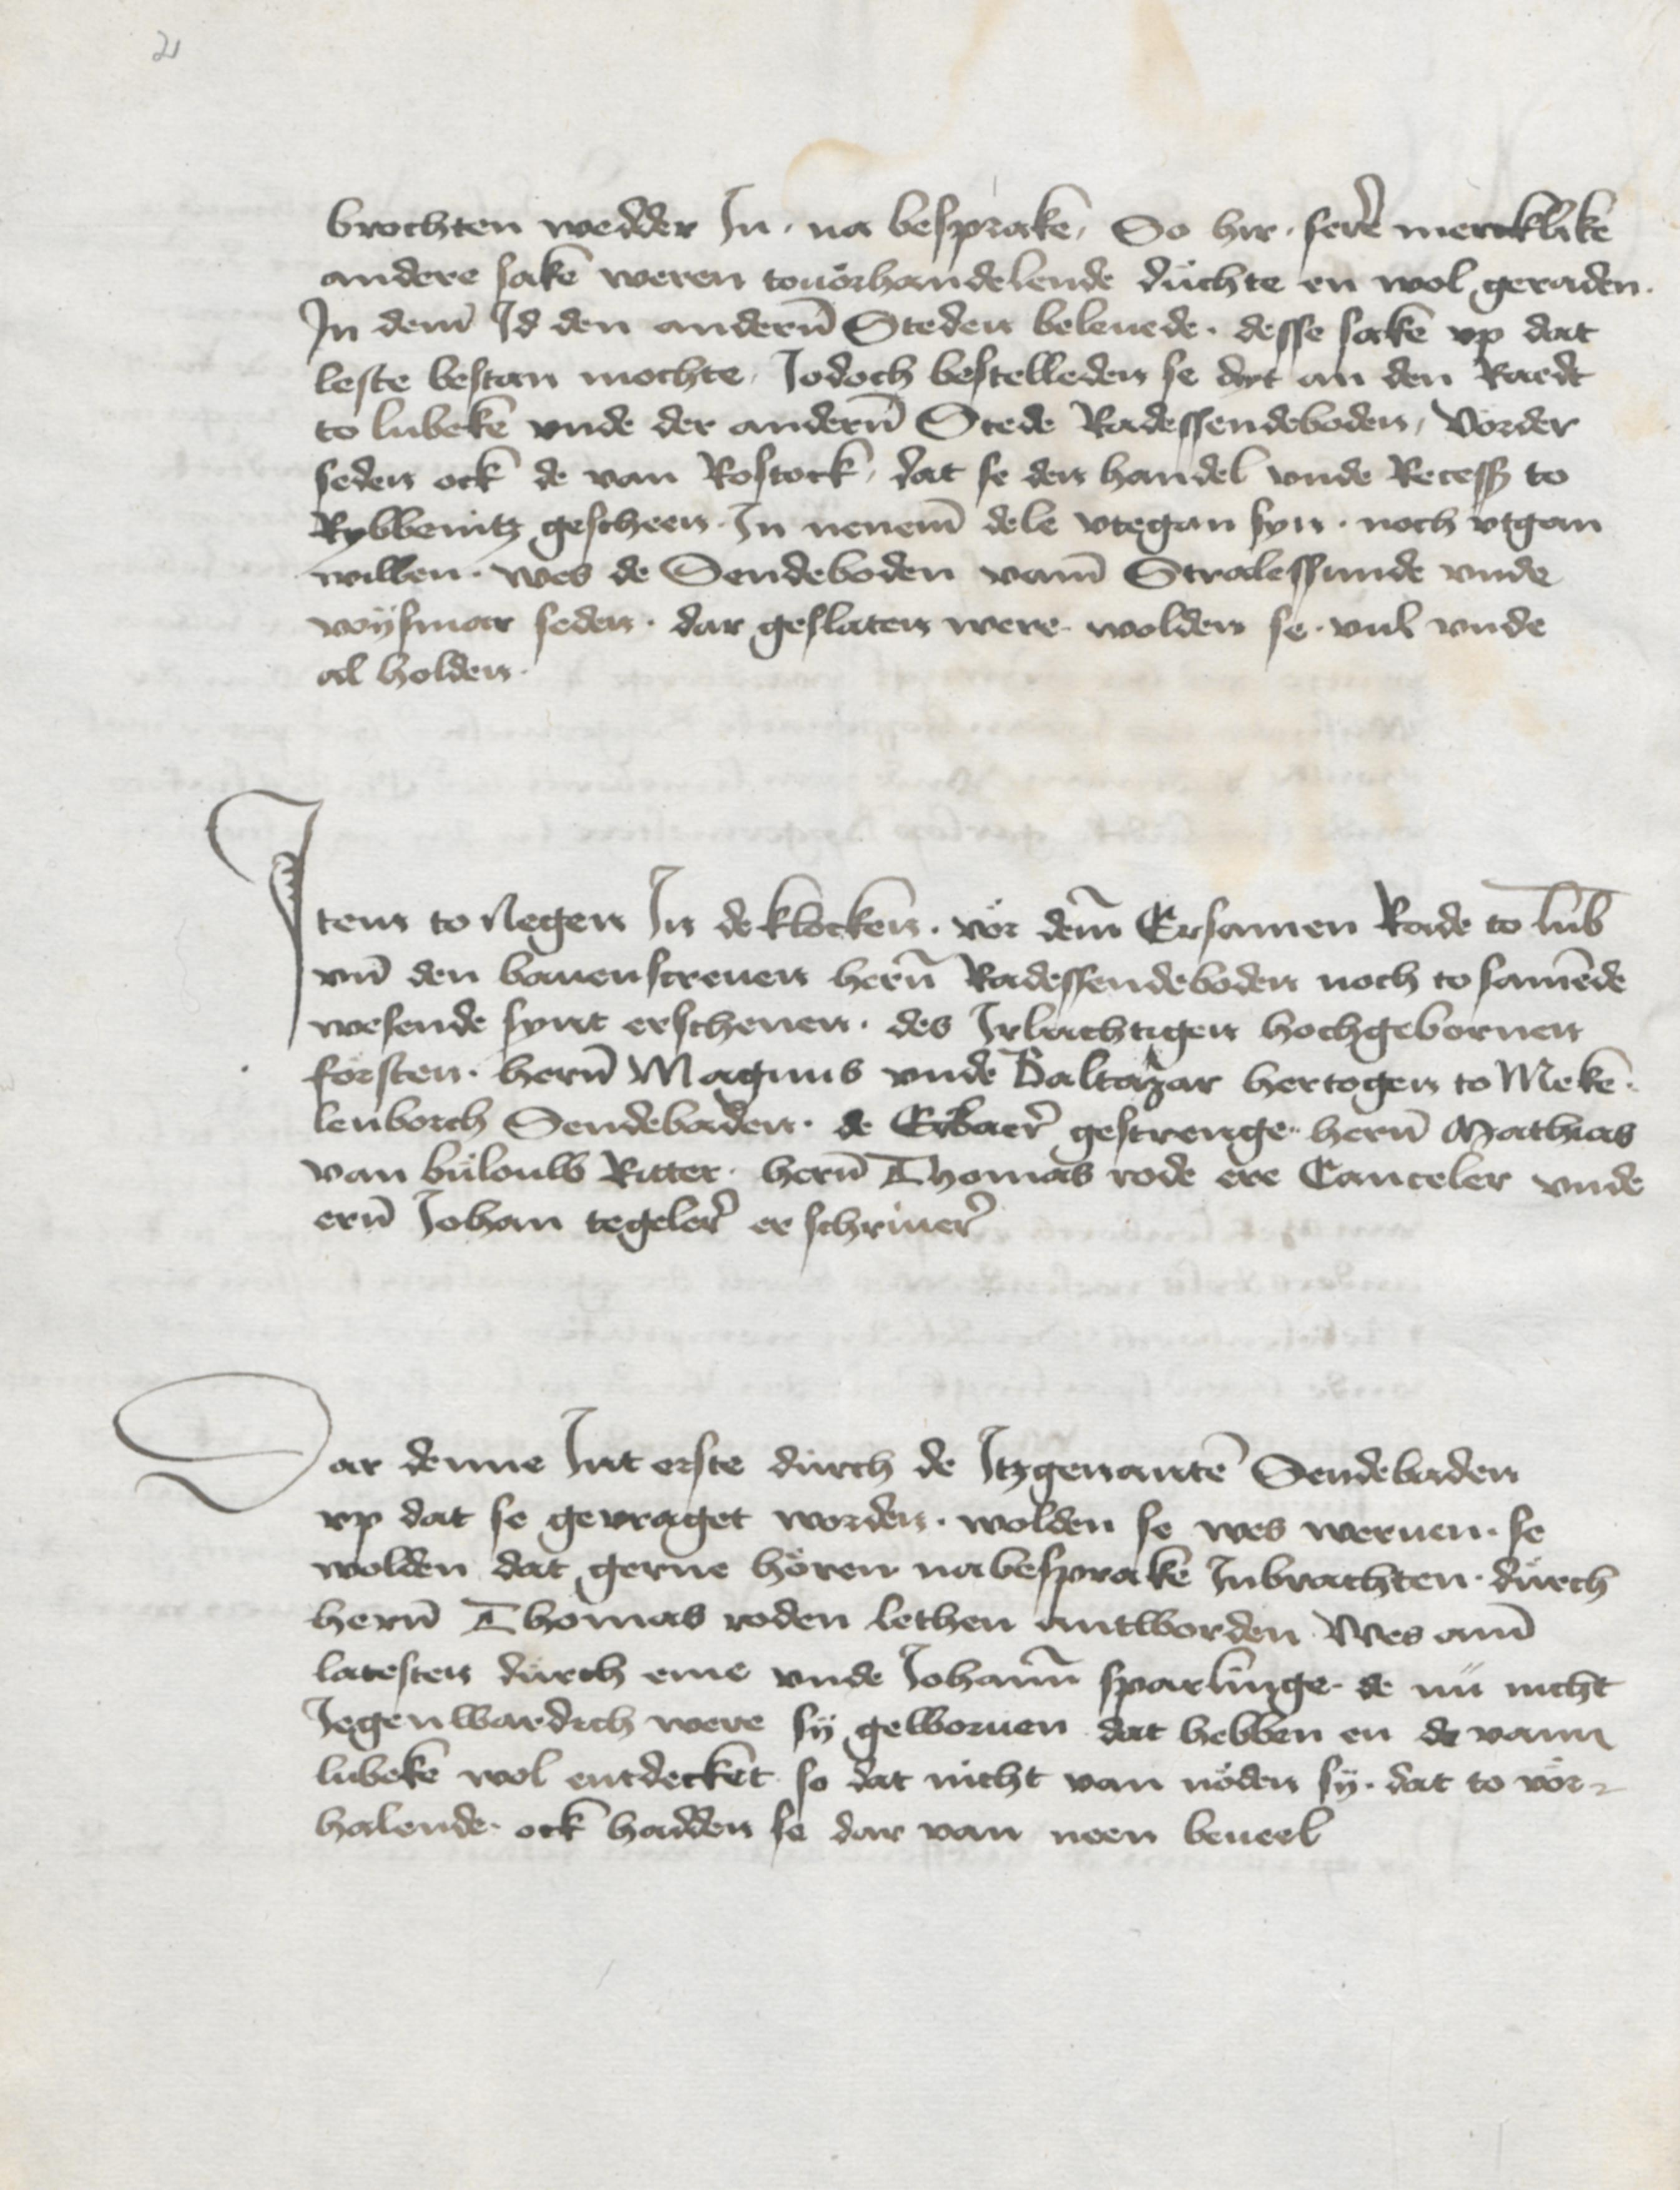
2

brochten wedder Jn, na besprake, So hir . sere mercklike
andere sake weren touorhandelende duchte en wol geraden
Jn deme Jd den anderen Steden beleuede . desse sake vp dat
leste bestan mochte, Jodoch bestelleden se dyt an den Raedt
to Lubeke vnde der anderen Stede Radessendeboden, vorder
seden ock de van Rostock, dat se den handel vnde Recess to
Rybbenitz gescheen . Jn neneme dele vtegan syn . noch vtgan
willen . wes de Sendeboden vame Stralessunde vnde
Wysmar seden . dar geslaten were wolden se . vul vnde
al holden.

Jtem to Negen Jn de klocken . vor deme Ersamen Rade to Lubeke
vnd den bauenscreuen heren Radessendeboden noch to samende
wesende synt erschenen . des Jrlachtigen hochgebornen
forsten . heren Magnus vnde Baltazar hertogen to Meke¬
lenborch Sendebaden . de Erbaer gestrenge heren Mathias
van Bulouw Ritter . heren Thomas Rode ere Canceler vnde
eren Johan Tegeler er schriuer.

Dar denne Jnt erste durch de Jtzgenanten Sendebaden
vp dat se gevraget worden . wolden se wes weruen . se
wolden dat gerne horen nabesprake Jnbrachten durch
heren Thomans Roden lethen antworden wes ame
latesten durch eme vnde Johanne Sparlinge de nu nicht
Jegenwardich were sy geworuen dat hebben en de vann
Lubeke wol entdecket so dat nicht van noden sy . dat to vor¬
halende ock hadden se dar van noen beueel.